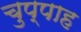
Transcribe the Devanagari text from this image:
चुप्पाह